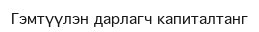
Гэмтүүлэн дарлагч капиталтанг